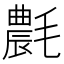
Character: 𣰊